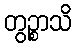
တွဉ္စာသိ